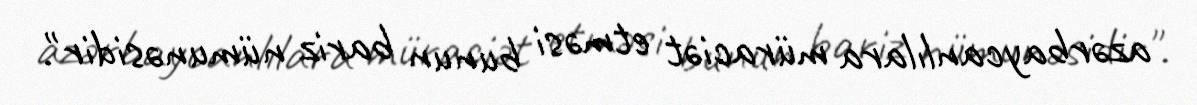
azərbaycanlılara müraciət etməsi bunun bariz nümunəsidir".